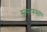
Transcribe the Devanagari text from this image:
स्वस्तरुस्तारः